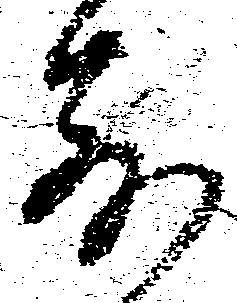
前